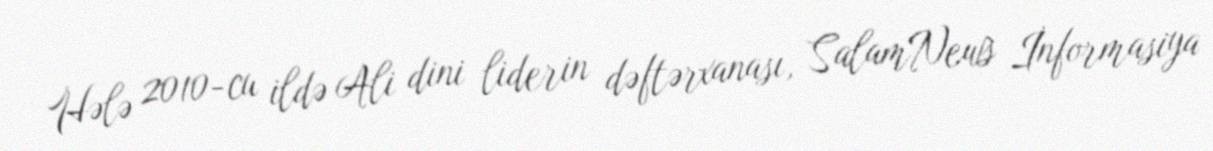
Hələ 2010-cu ildə Ali dini liderin dəftərxanası, SalamNews İnformasiya